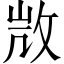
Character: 𢼸